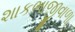
શાકભાજીવાળા